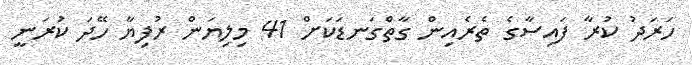
ހަރަދު ކުރާ ފައިސާގެ ތެރެއިން ގާތްގަނޑަކަށް 41 މިލިޔަން ރުފިޔާ ހޭދަ ކުރަނީ